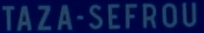
TAZA-SEFROU